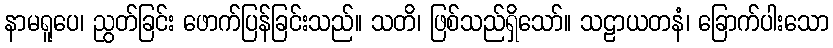
နာမရူပေ၊ ညွတ်ခြင်း ဖောက်ပြန်ခြင်းသည်။ သတိ၊ ဖြစ်သည်ရှိသော်။ သဠာယတနံ၊ ခြောက်ပါးသော